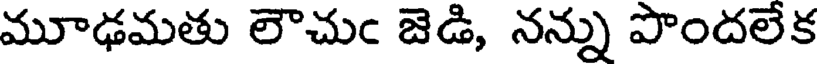
మూఢమతు లౌచుఁ జెడి, నన్ను పొందలేక